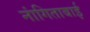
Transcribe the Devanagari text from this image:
नांगिताबाई